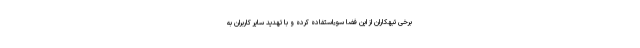
برخی تبهکاران از این فضا سوءاستفاده کرده و با تهدید سایر کاربران به